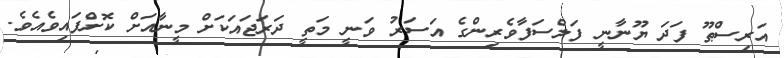
އަރިސްޠޫ ފަދަ ޔޫނާނީ ފަލްސަފާވެރިންގެ އަސަރު ވަނީ މަތީ ދަރަޖައަކަށް މީނާއަށް ކޮށްފައިވެއެވެ.